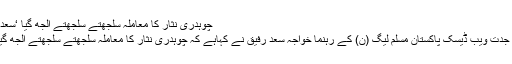
چوہدری نثار کا معاملہ سلجھتے سلجھتے الجھ گیا ‘سعد رفیق
لاہور جدت ویب ڈیسک پاکستان مسلم لیگ (ن) کے رہنما خواجہ سعد رفیق نے کہاہے کہ چوہدری نثار کا معاملہ سلجھتے سلجھتے الجھ گیا ہے۔